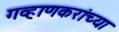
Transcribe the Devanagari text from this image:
गव्हाणकरांच्या